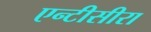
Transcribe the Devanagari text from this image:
एन्टीसीरा